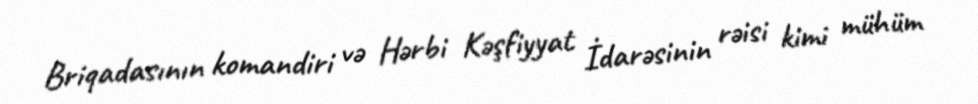
Briqadasının komandiri və Hərbi Kəşfiyyat İdarəsinin rəisi kimi mühüm